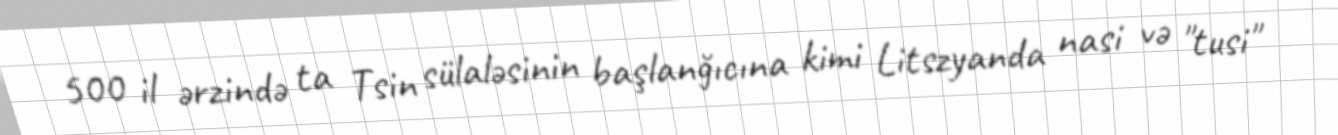
500 il ərzində ta Tsin sülaləsinin başlanğıcına kimi Litszyanda nasi və "tusi"